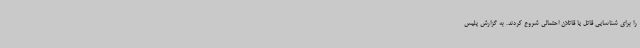
را برای شناسایی قاتل یا قاتلان احتمالی شروع کردند. به گزارش پلیس